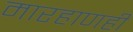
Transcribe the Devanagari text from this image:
मारहाणही